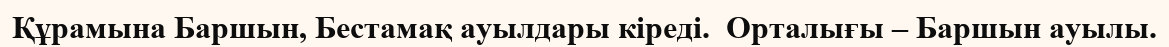
Құрамына Баршын, Бестамақ ауылдары кіреді.  Орталығы – Баршын ауылы.